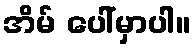
အိမ် ပေါ်မှာပါ။